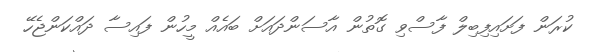
ކުރަން ފަށައިފިބިލް ފާސްވި ގޮތުން އާސަންދައަށް ބައެއް މީހުން ފައިސާ ދައްކަންޖެހޭ